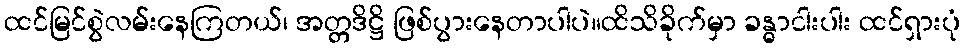
ထင်မြင်စွဲလမ်းနေကြတယ်၊ အတ္တဒိဋ္ဌိ ဖြစ်ပွားနေတာပါပဲ။ထိသိခိုက်မှာ ခန္ဓာငါးပါး ထင်ရှားပုံ